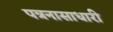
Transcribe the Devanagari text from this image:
पत्रनासाधारी